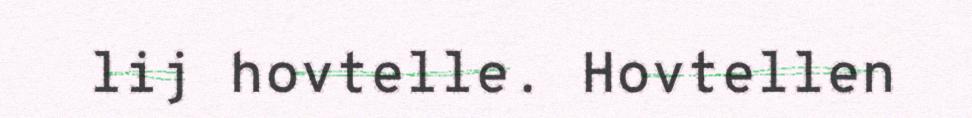
lij hovtelle. Hovtellen